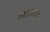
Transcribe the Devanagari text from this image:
बाशर